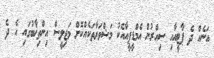
އަނެއް ދެ ޕާޓީއާއި ސިއްރުން އެމްޑީޕީއާއެކު މަޝްވަރާތަކެއްކޮށް މަޖިލީސް އިންތިޚާބުގައި އެ ދެ